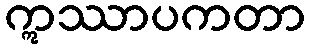
ဣဿာပကတာ